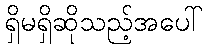
ရှိမရှိဆိုသည့်အပေါ်